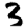
Digit: 3